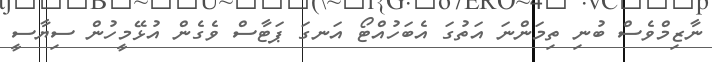
ނާޒިމްވެސް ބުނި ތިމަންނަ އަތުގަ އެބަހުއްޓޯ އަނގަ ޕަޓާސް ވެގެން އުޅޭމީހުން ސިޔާސީ